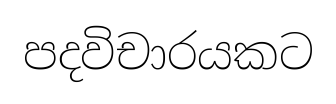
පදවිචාරයකට